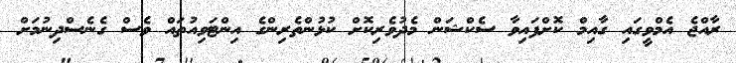
ރާއްޖެ އެމްވީގައި ގާއިމް ކޮށްފައިވާ ސެކްޝަން މެދުވެރިކޮށް ކުޅުންތެރިންގެ އިންޓަވިއުތައް ވެސް ގެނެސްދިނުމަށް